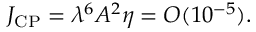
J _ { \mathrm { C P } } = \lambda ^ { 6 } A ^ { 2 } \eta = { \cal O } ( 1 0 ^ { - 5 } ) .